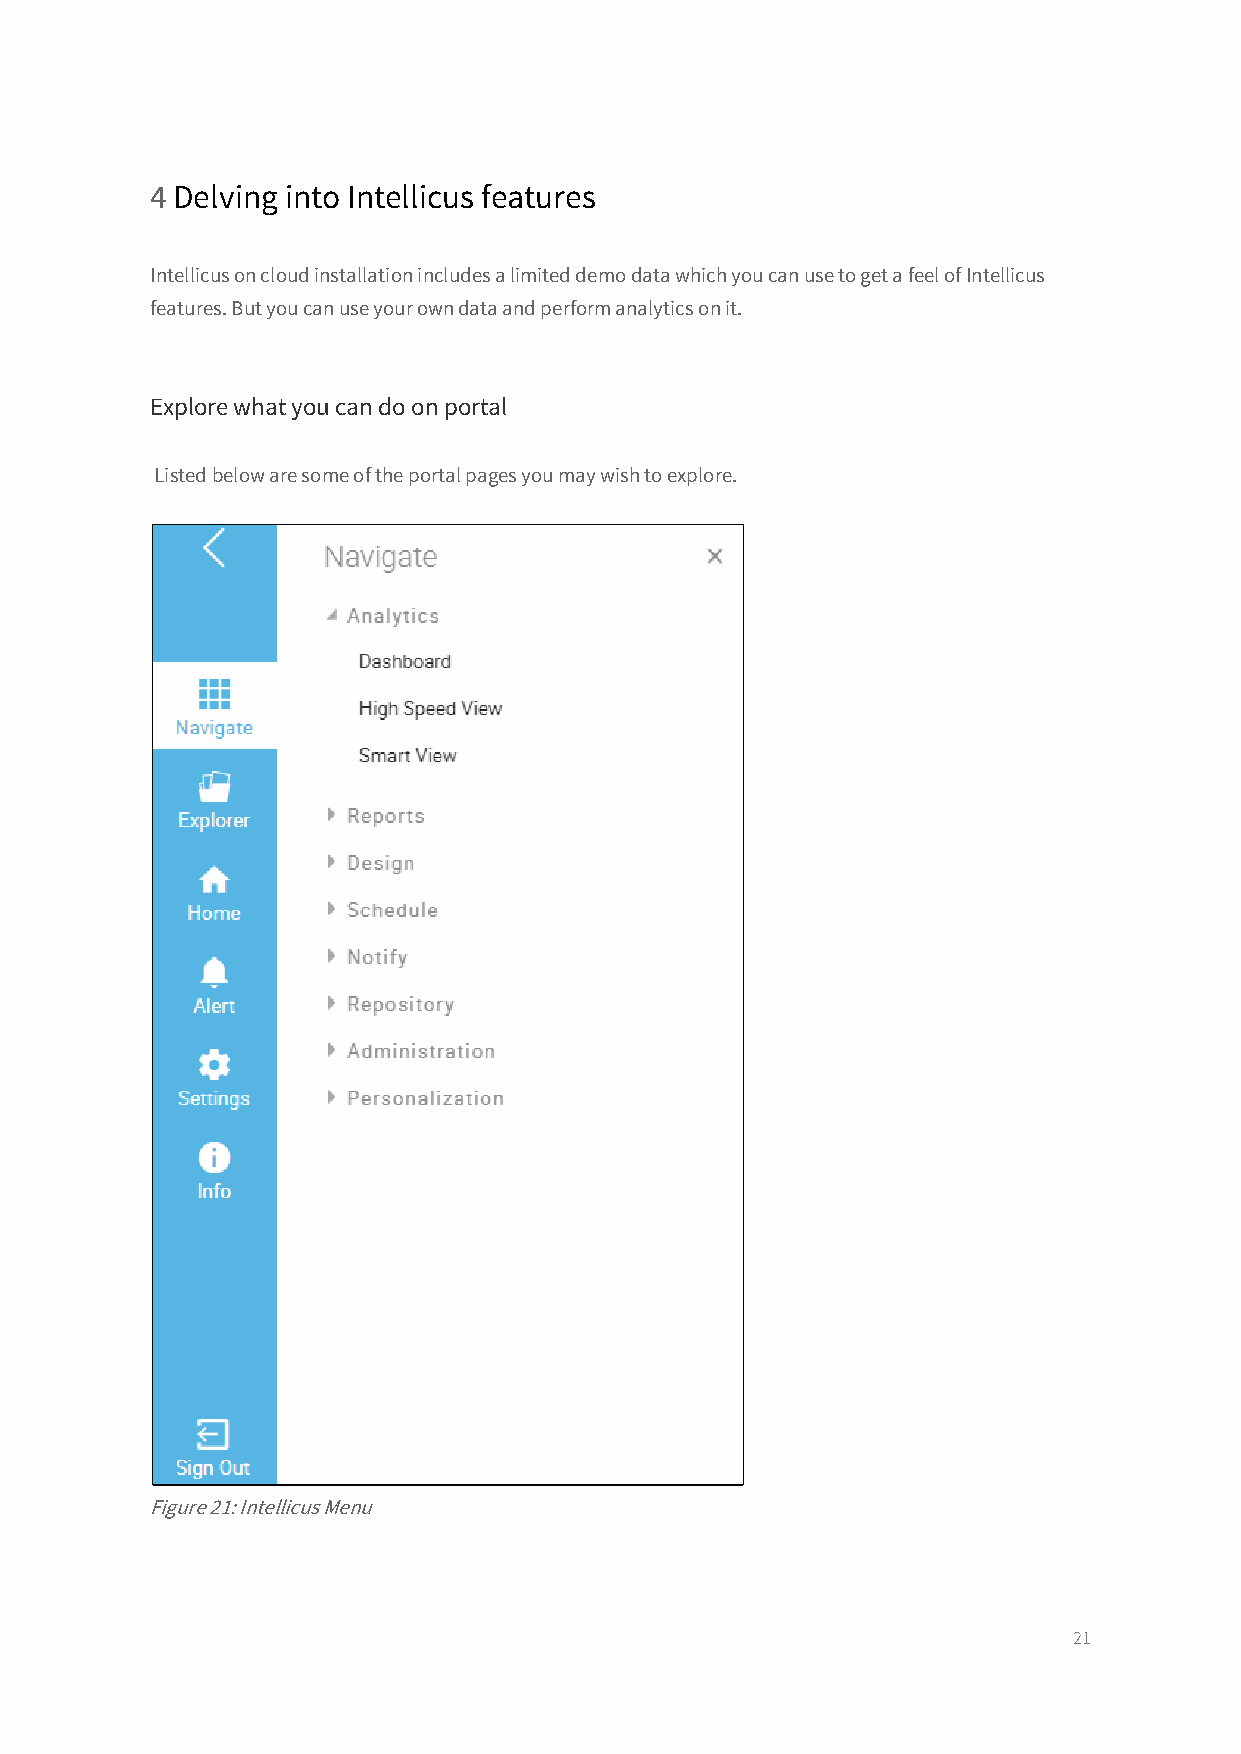
4 Delving into Intellicus features
 Intellicus on cloud installation includes a limited demo data which you can use to get a feel of Intellicus
 features. But you can use your own data and perform analytics on it.
 Explore what you can do on portal
 Listed below are some of the portal pages you may wish to explore.
 Figure 21: Intellicus Menu
 21